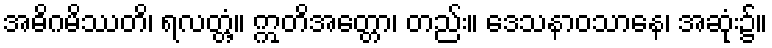
အဓိဂမိဿတိ၊ ရလတ္တံ့။ ဣတိအတ္တော၊ တည်း။ ဒေသနာဝသာနေ၊ အဆုံး၌။